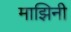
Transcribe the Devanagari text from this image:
माझिनी